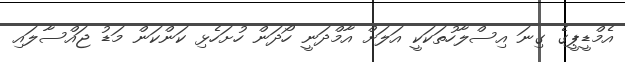
އެމްޑީޕީގެ ގިނަ އިސްލާހުތަކަކީ އަލަށް އާމްދަނީ ހޯދަން ހުށަހެޅި ކަންކަން މަޑު ޖައްސާލައި